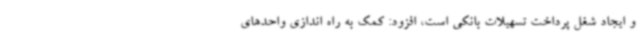
و ایجاد شغل پرداخت تسهیلات بانکی است، افزود: کمک به راه اندازی واحدهای